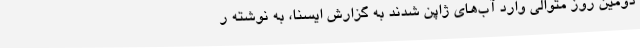
دومین روز متوالی وارد آب‌های ژاپن شدند به گزارش ایسنا، به نوشته ر